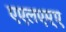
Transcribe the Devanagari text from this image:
एएलएम्ए